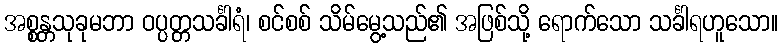
အစ္စန္တသုခုမဘာ ဝပ္ပတ္တသင်္ခါရံ၊ စင်စစ် သိမ်မွေ့သည်၏ အဖြစ်သို့ ရောက်သော သင်္ခါရဟူသော။